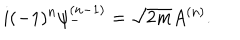
i ( - 1 ) ^ { n } \psi _ { - } ^ { ( n - 1 ) } = \sqrt { 2 m } A ^ { ( n ) } .